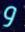
و